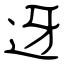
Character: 迓